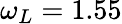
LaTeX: \omega_{L}=1.55